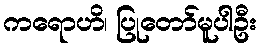
ကရောဟိ၊ ပြုတော်မူပါဦး